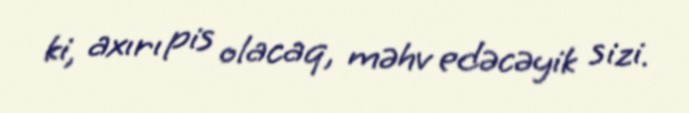
ki, axırı pis olacaq, məhv edəcəyik sizi.